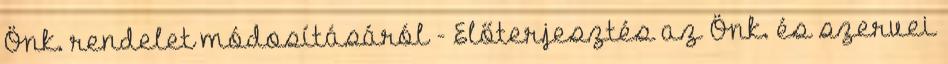
Önk. rendelet módosításáról - Előterjesztés az Önk. és szervei